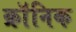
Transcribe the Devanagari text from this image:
क्राॅनिक